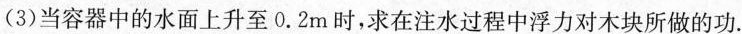
(3)当容器中的水面上升至0.2m时，求在注水过程中浮力对木块所做的功。